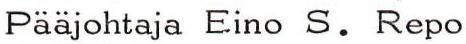
Pääjohtaja Eino S. Repo